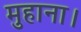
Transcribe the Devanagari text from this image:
मुहाना।